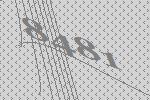
8481